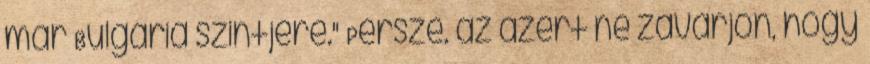
már Bulgária szintjére." Persze. az azért ne zavarjon, hogy